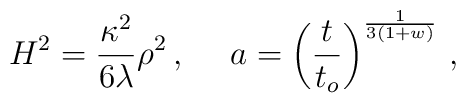
H^2=\frac{\kappa^2}{6\lambda}\rho^2\,, ~~~~  a=\left(\frac{t}{t_o}\right)^\frac{1}{3(1+w)}\,,